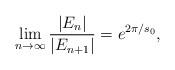
LaTeX: \begin{align*} \lim_{n \to \infty} \frac{|E_n|}{|E_{n+1}|} = e^{2\pi/s_0} , \end{align*}